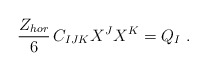
\begin{align*}{ Z_{hor}\over 6}\, C_{IJK}X^J X^K = Q_I \ . \end{align*}